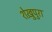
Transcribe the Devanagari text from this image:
शेख़ुपुरा